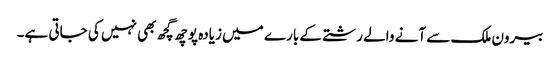
بیرون ملک سے آنے والے رشتے کے بارے میں زیادہ پوچھ گچھ بھی نہیں کی جاتی ہے۔